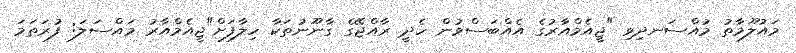
މައުލޫމާތު މުއްސަނދިވި "ޖީއެމްއާރުގެ އެއްބަސްވުން ހެދީ ރާއްޖޭގެ ގާނޫނުތަކާ ހިލާފަށް"ޖީއެމްއާރު މައްސަލަ: ފުރަތަމަ